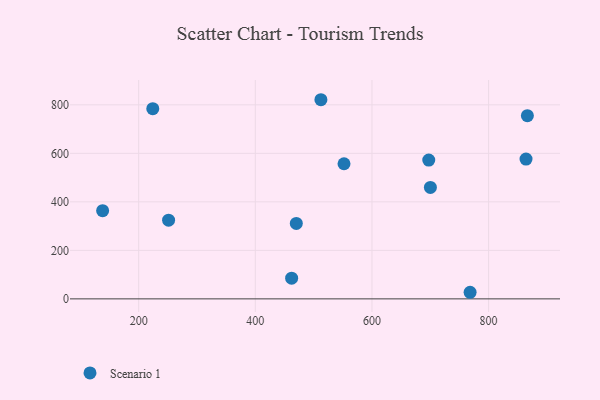
{"axis": {"x": "Speed", "y": "Profit"}, "legend": ["Scenario 1"], "data": [{"x": "700.2", "y": 459.5, "type": "Scenario 1"}, {"x": "552.1", "y": 557.0, "type": "Scenario 1"}, {"x": "864.2", "y": 576.3, "type": "Scenario 1"}, {"x": "470.3", "y": 310.9, "type": "Scenario 1"}, {"x": "138.2", "y": 363.4, "type": "Scenario 1"}, {"x": "251.3", "y": 324.3, "type": "Scenario 1"}, {"x": "512.5", "y": 821.0, "type": "Scenario 1"}, {"x": "768.3", "y": 27.2, "type": "Scenario 1"}, {"x": "462.3", "y": 85.2, "type": "Scenario 1"}, {"x": "224.2", "y": 784.3, "type": "Scenario 1"}, {"x": "866.5", "y": 755.2, "type": "Scenario 1"}, {"x": "697.4", "y": 572.3, "type": "Scenario 1"}]}